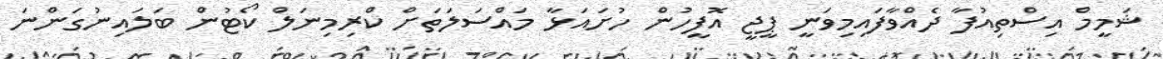
ޝަމީމް އިސްތިއުފާ ދެއްވާފައިމިވަނީ ޕީޖީ އޮފީހުން ހުށައަޅާ މައްސަލަތަށް ކްރިމިނަލް ކޯޓުން ބަލައިނުގަންނަ